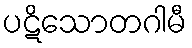
ပဋိသောတဂါမီ